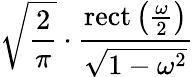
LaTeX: {\sqrt{\frac{2}{\pi}}}\cdot{\frac{\operatorname{rect}\left({\frac{\omega}{2}}\right)}{\sqrt{1-\omega^{2}}}}